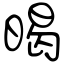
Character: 暍